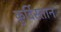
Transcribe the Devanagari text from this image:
क़ुर्दिस्तान